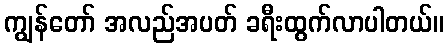
ကျွန်တော် အလည်အပတ် ခရီးထွက်လာပါတယ်။